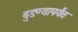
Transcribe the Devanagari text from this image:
बुडण्यापर्यंत